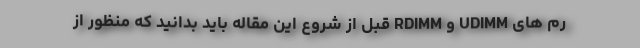
رم های UDIMM و RDIMM قبل از شروع این مقاله باید بدانید که منظور از